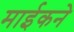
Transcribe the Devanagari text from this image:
माईकने